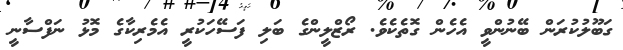
ގަބޫލުކުރަން ބޭނުންވީ އެހެން ގޮތެކެވެ. ރޯޒްލީންގެ ބަލި ފަސޭހަކުރީ އެމެރިކާގެ މޮޅު ނަފްސާނީ